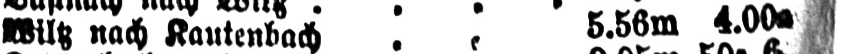
Wiltz nach Kautenbach .. 5.56m 4.00a